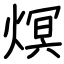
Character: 熐